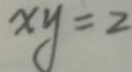
x y = 2